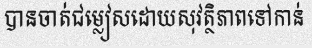
បានចាត់ជម្លៀសដោយសុវត្ថិភាពទៅកាន់